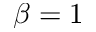
\beta = 1